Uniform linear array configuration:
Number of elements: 24
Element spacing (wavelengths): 0.25
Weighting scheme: exponential
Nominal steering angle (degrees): -15
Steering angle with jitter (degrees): -14.829
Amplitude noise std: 0.05
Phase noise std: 0.05

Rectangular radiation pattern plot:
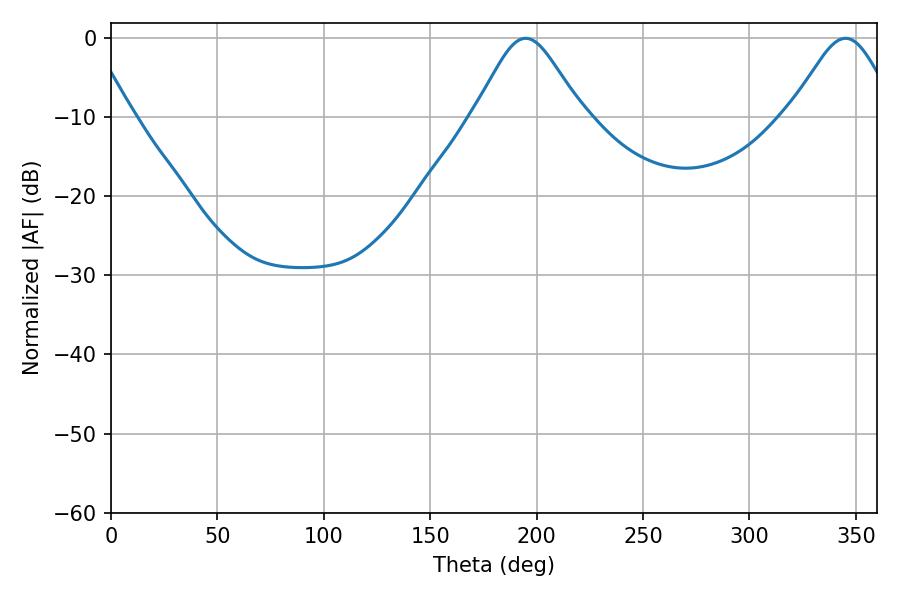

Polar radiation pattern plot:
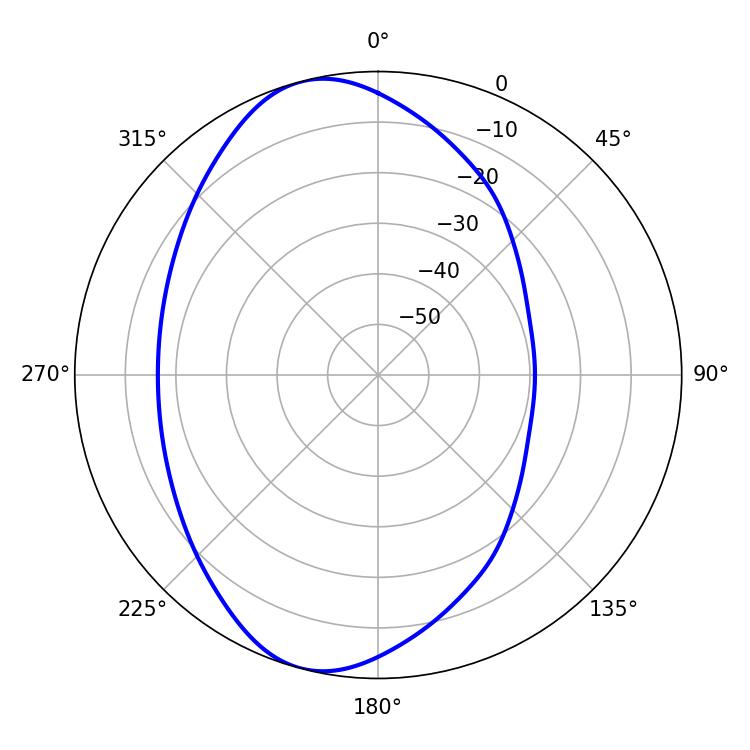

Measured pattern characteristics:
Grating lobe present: FALSE
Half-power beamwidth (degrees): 24.66
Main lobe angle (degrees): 194.76